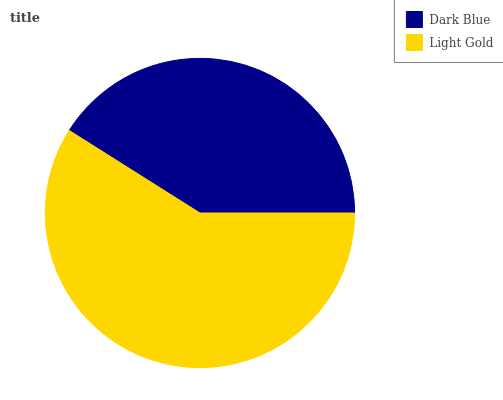
| Dark Blue | Light Gold |
 | --- | --- |
 | 41.1% | 58.9% |